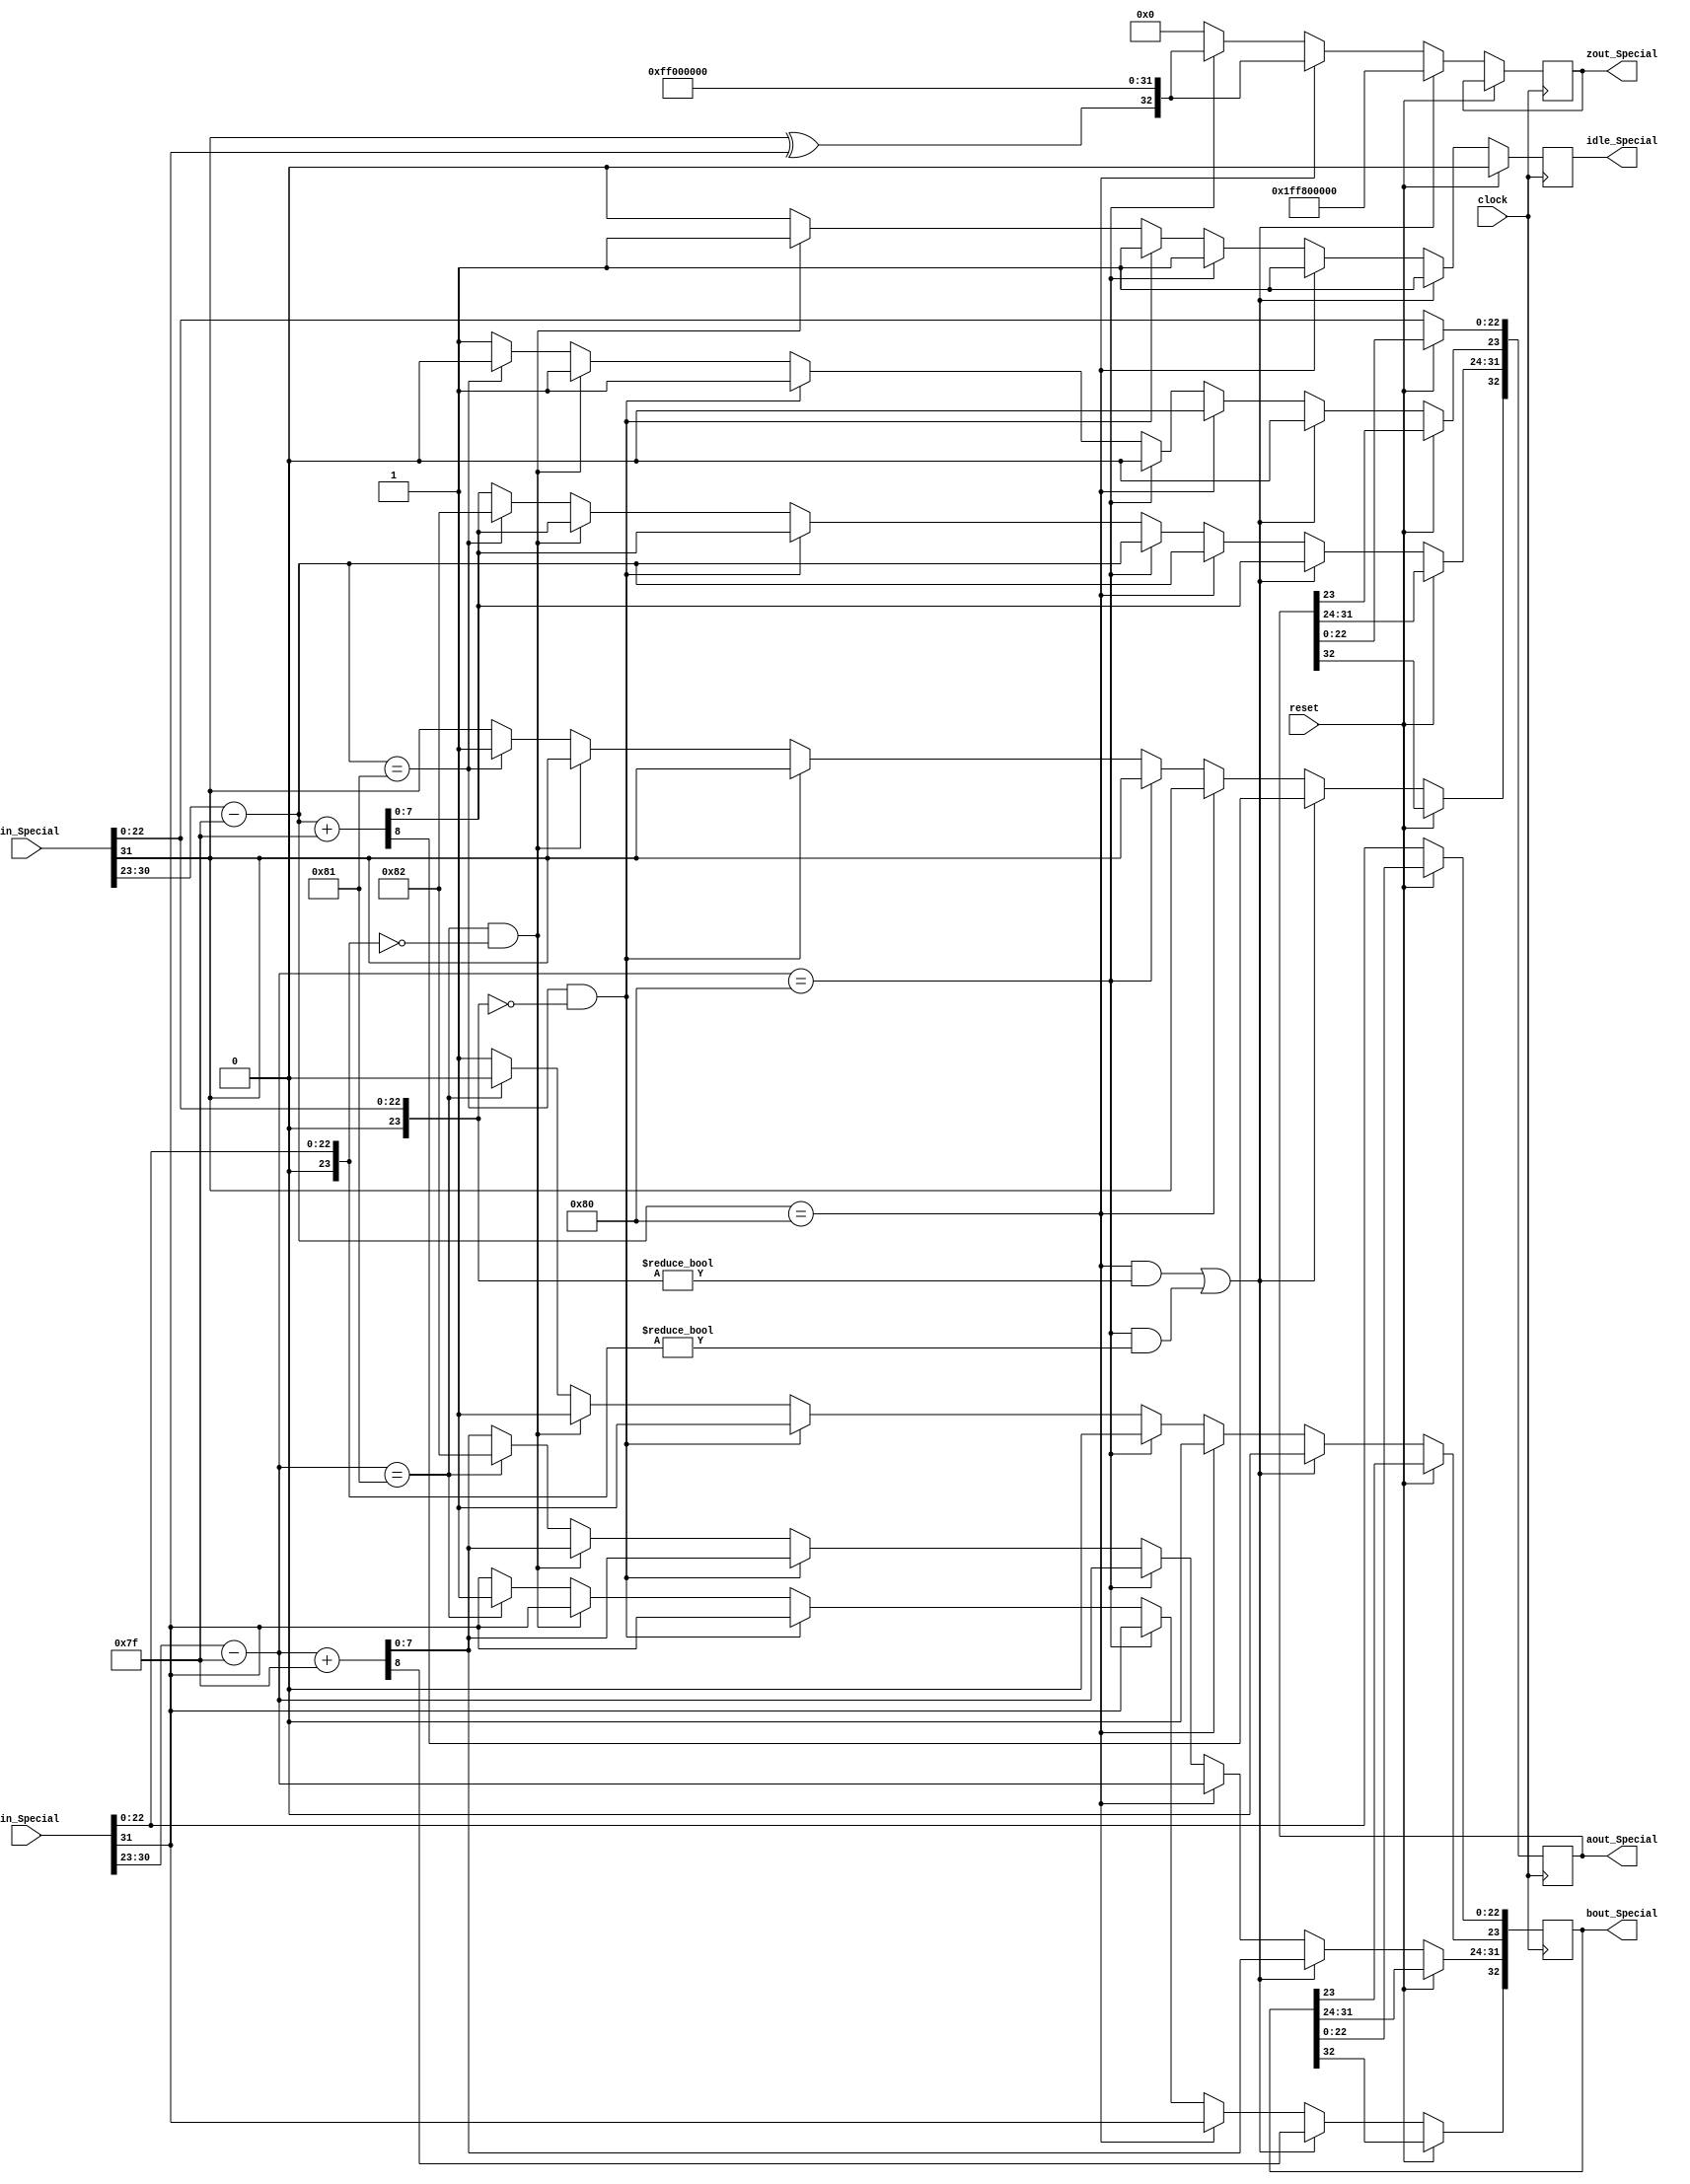
module SpecialMult(
	input [31:0] ain_Special,
	input [31:0] bin_Special,
	input reset,
	input clock,
	output reg idle_Special = 1'b0,
	output reg [32:0] aout_Special,
	output reg [32:0] bout_Special,
	output reg [32:0] zout_Special
   );

wire a_sign;
wire [7:0] a_exponent;
wire [23:0] a_mantissa;

wire b_sign;
wire [7:0] b_exponent;
wire [23:0] b_mantissa;

assign a_sign = ain_Special[31];
assign a_exponent = {ain_Special[30:23] - 127};
assign a_mantissa = {1'b0, ain_Special[22:0]};

assign b_sign = {bin_Special[31]};
assign b_exponent = {bin_Special[30:23] - 127};
assign b_mantissa = {1'b0, bin_Special[22:0]};

parameter no_idle = 1'b0,
			 put_idle = 1'b1;

always @ (posedge clock)
begin
	
	if(reset == 1'b1) begin
		idle_Special <= 1'b0;
	end
	
	else begin
	//if a is NaN or b is NaN return NaN 
   if ((a_exponent == 128 && a_mantissa != 0) || (b_exponent == 128 && b_mantissa != 0)) begin
		 idle_Special <= put_idle;
		 aout_Special <= {a_sign,a_exponent+127,a_mantissa};
		 bout_Special <= {b_sign,b_exponent+127,b_mantissa};
		 zout_Special <= {1'b1,8'd255,1'b1,23'd0};
   //if a is inf return inf
   end else if (a_exponent == 128) begin
		 idle_Special <= put_idle;
		 //if b is zero return NaN
       if ($signed(b_exponent == -127) && (b_mantissa == 0)) begin
			  idle_Special <= put_idle;
			  aout_Special <= {a_sign,a_exponent,a_mantissa};
		     bout_Special <= {b_sign,b_exponent,b_mantissa};
		     zout_Special <= {1'b1,8'd255,1'b1,23'd0};
       end
		 else begin
				aout_Special <= {a_sign,a_exponent,a_mantissa};
				bout_Special <= {b_sign,b_exponent,b_mantissa};
				zout_Special <= {a_sign ^ b_sign,8'd255,24'd0};
		 end
   //if b is inf return inf
   end else if (b_exponent == 128) begin
		 idle_Special <= put_idle;
		 aout_Special <= {a_sign,a_exponent,a_mantissa};
		 bout_Special <= {b_sign,b_exponent,b_mantissa};
		 zout_Special <= {a_sign ^ b_sign,8'd255,24'd0};
   //if a is zero return zero
   end else if (($signed(a_exponent) == -127) && (a_mantissa == 0)) begin
		 idle_Special <= put_idle;
		 aout_Special[32] <= a_sign; 
		 aout_Special[31:24] <= a_exponent+127;
		 aout_Special[23] <= 1'b1;
		 aout_Special[22:0] <= a_mantissa[22:0];
		 bout_Special[32] <= b_sign; 
		 bout_Special[31:24] <= b_exponent+127;
		 bout_Special[23] <= 1'b1;
		 bout_Special[22:0] <= b_mantissa[22:0];
		 zout_Special <= {1'b0,8'd0,24'd0};
   //if b is zero return zero
   end else if (($signed(b_exponent) == -127) && (b_mantissa == 0)) begin
		 aout_Special[32] <= a_sign; 
		 aout_Special[31:24] <= a_exponent+127;
		 aout_Special[23] <= 1'b1;
		 aout_Special[22:0] <= a_mantissa[22:0];
		 bout_Special[32] <= b_sign; 
		 bout_Special[31:24] <= b_exponent+127;
		 bout_Special[23] <= 1'b1;
		 bout_Special[22:0] <= b_mantissa[22:0];
		 zout_Special <= {1'b0,8'd0,24'd0};	 
		 idle_Special <= put_idle;
   end else begin
       //Denormalised Number
		 zout_Special <= 0;
		 idle_Special <= no_idle;
       if ($signed(a_exponent) == -127) begin
           aout_Special <= {a_sign,-126,a_mantissa};
       end else begin
			  aout_Special[32] <= a_sign; 
			  aout_Special[31:24] <= a_exponent+127;
			  aout_Special[23] <= 1'b1;
			  aout_Special[22:0] <= a_mantissa[22:0];
       end
       //Denormalised Number
       if ($signed(b_exponent) == -127) begin
           bout_Special <= {b_sign,-126,b_mantissa};
       end else begin
			  bout_Special[32] <= b_sign; 
			  bout_Special[31:24] <= b_exponent+127;
			  bout_Special[23] <= 1'b1;
			  bout_Special[22:0] <= b_mantissa[22:0];
       end
   end
	end
end

endmodule